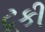
ટૂકી